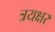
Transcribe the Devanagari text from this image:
त्रयक्षर